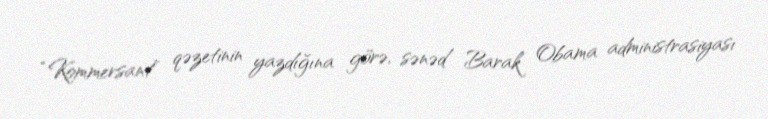
“Kommersant” qəzetinin yazdığına görə, sənəd Barak Obama administrasiyası